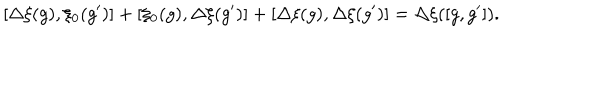
LaTeX: [ \Delta \xi ( g ) , \xi _ { 0 } ( g ^ { \prime } ) ] + [ \xi _ { 0 } ( g ) , \Delta \xi ( g ^ { \prime } ) ] + [ \Delta \xi ( g ) , \Delta \xi ( g ^ { \prime } ) ] = \Delta \xi ( [ g , g ^ { \prime } ] ) .